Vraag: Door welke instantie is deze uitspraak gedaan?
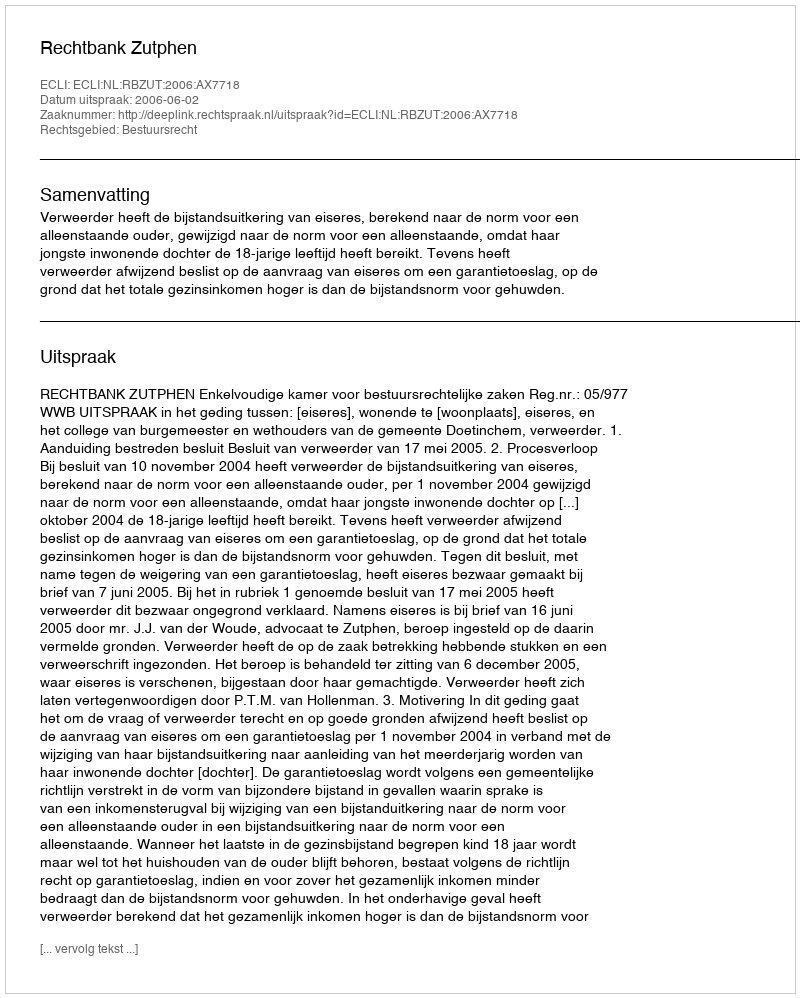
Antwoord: Rechtbank Zutphen